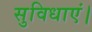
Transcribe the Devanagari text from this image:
सुविधाएं।